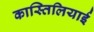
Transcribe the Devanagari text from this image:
कास्तिलियाई